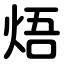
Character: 焐